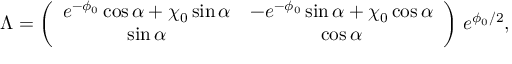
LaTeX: \Lambda = \left( \begin{array} { c c } { { e ^ { - \phi _ { 0 } } \cos \alpha + \chi _ { 0 } \sin \alpha } } & { { - e ^ { - \phi _ { 0 } } \sin \alpha + \chi _ { 0 } \cos \alpha } } \\ { { \sin \alpha } } & { { \cos \alpha } } \end{array} \right) \, e ^ { \phi _ { 0 } / 2 } ,